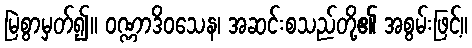
မြဲစွာမှတ်၍။ ဝဏ္ဏာဒိဝသေန၊ အဆင်းစသည်တို့၏ အစွမ်းဖြင့်။